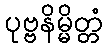
ပုဗ္ဗနိမ္မိတ္တံ